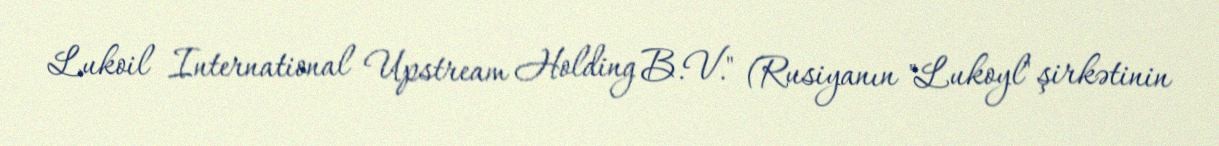
Lukoil International Upstream Holding B.V." (Rusiyanın "Lukoyl" şirkətinin